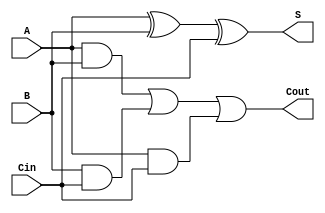
//Array Multiplier
//Submitted By: Prem Bharath Soundararajan (009430694)
module FullAdder (A,B,Cin,S,Cout);
input A,B,Cin;
output S,Cout;
assign S = A ^ B ^ Cin;
assign Cout = {A&B} | {B&Cin} | {A&Cin};
endmodule

module array_multiplier (start94,multiplier94,multiplicand94,product94);

parameter WIDTH=16;

input start94;
input [WIDTH-1:0] multiplier94;
input [WIDTH-1:0] multiplicand94;
output [2*WIDTH-1:0] product94;
reg [2*WIDTH-1:0] product94;
reg [WIDTH-1:0] multiplier94_d,multiplicand94_d;

wire [2*WIDTH-1:0] out_p;
wire [WIDTH:0]sum[WIDTH:0];
wire [WIDTH:0]cout[WIDTH:0];

always @(start94) begin
        if(start94) begin
                multiplier94_d = multiplier94;
                multiplicand94_d = multiplicand94;
                product94 = 0;
        end else begin
                product94 = out_p;
        end
end
assign out_p[0] = multiplier94_d[0] & multiplicand94_d[0];
genvar i,j,k;
generate
for(i=1;i<WIDTH;i=i+1) begin: Loop_1
        for(j=0;j<WIDTH;j=j+1) begin: Loop_2
                if(i==1) begin
                        if(j==0) begin
                                FullAdder add(.A(multiplier94_d[i-1]&multiplicand94_d[j+1]), .B(multiplier94_d[i]&multiplicand94_d[j]), .Cin(1'b0), .S(sum[i][j]), .Cout(cout[i][j]));
                        end else if(j==WIDTH-1) begin
                                FullAdder add(.A(1'b1), .B(~{multiplier94_d[i]&multiplicand94_d[j]}), .Cin(cout[i][j-1]), .S(sum[i][j]), .Cout(cout[i][j]));
                        end else if(j==WIDTH-2) begin
                                FullAdder add(.A(~{multiplier94_d[i-1]&multiplicand94_d[j+1]}), .B(multiplier94_d[i]&multiplicand94_d[j]), .Cin(cout[i][j-1]), .S(sum[i][j]), .Cout(cout[i][j]));
                        end else begin
                                FullAdder add(.A(multiplier94_d[i-1]&multiplicand94_d[j+1]), .B(multiplier94_d[i]&multiplicand94_d[j]), .Cin(cout[i][j-1]), .S(sum[i][j]), .Cout(cout[i][j]));
                        end
                end else if(i==WIDTH-1) begin
                        if(j==0) begin
                                FullAdder add(.A(~{multiplier94_d[i]&multiplicand94_d[j]}), .B(sum[i-1][j+1]), .Cin(1'b0), .S(sum[i][j]), .Cout(cout[i][j]));
                        end else if(j==WIDTH-1) begin
                                FullAdder add(.A(multiplier94_d[i]&multiplicand94_d[j]), .B(cout[i-1][j]), .Cin(cout[i][j-1]), .S(sum[i][j]), .Cout(cout[i][j]));
                        end else begin
                                FullAdder add(.A(~{multiplier94_d[i]&multiplicand94_d[j]}), .B(sum[i-1][j+1]), .Cin(cout[i][j-1]), .S(sum[i][j]), .Cout(cout[i][j]));
                        end
                end else begin
                        if(j==0) begin
                                FullAdder add(.A(multiplier94_d[i]&multiplicand94_d[j]), .B(sum[i-1][j+1]), .Cin(1'b0), .S(sum[i][j]), .Cout(cout[i][j]));
                        end else if(j==WIDTH-1) begin
                                FullAdder add(.A(~{multiplier94_d[i]&multiplicand94_d[j]}), .B(cout[i-1][j]), .Cin(cout[i][j-1]), .S(sum[i][j]), .Cout(cout[i][j]));
                        end else begin
                                FullAdder add(.A(multiplier94_d[i]&multiplicand94_d[j]), .B(sum[i-1][j+1]), .Cin(cout[i][j-1]), .S(sum[i][j]), .Cout(cout[i][j]));
                        end
                end
        end
end
for(k=1;k<2*WIDTH-1;k=k+1) begin: Loop_3
        if(k>=WIDTH)
                assign out_p[k] = sum[WIDTH-1][k-WIDTH+1];
        else
                assign out_p[k] = sum[k][0];
end
endgenerate

FullAdder add_last(.A(1'b1), .B(1'b0), .Cin(cout[WIDTH-1][WIDTH-1]), .S(out_p[2*WIDTH-1]), .Cout());
endmodule